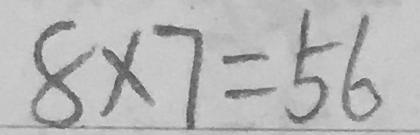
8 \times 7 = 5 6